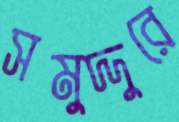
সমুদ্দুরে